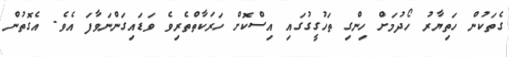
ގެތަކުން ހަތިޔާރު ހޯދުމަށް ހިންގި ތަހުގީގުގައި އިސްކޮށް ހަރަކާތްތެރިވެ ވަޑައިގަންނަވާފަ އެވެ. އެގޮތުން